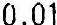
0.01